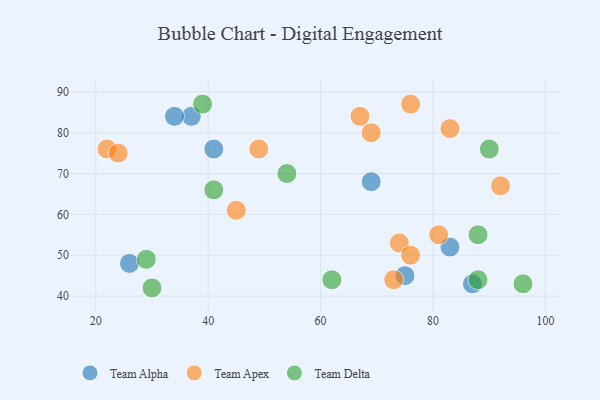
{"axis": {"x": "GDP", "y": "Life Expectancy"}, "legend": ["Team Alpha", "Team Apex", "Team Delta"], "data": [{"x": "83", "y": 52, "type": "Team Alpha"}, {"x": "75", "y": 45, "type": "Team Alpha"}, {"x": "26", "y": 48, "type": "Team Alpha"}, {"x": "41", "y": 76, "type": "Team Alpha"}, {"x": "87", "y": 43, "type": "Team Alpha"}, {"x": "69", "y": 68, "type": "Team Alpha"}, {"x": "37", "y": 84, "type": "Team Alpha"}, {"x": "34", "y": 84, "type": "Team Alpha"}, {"x": "81", "y": 55, "type": "Team Apex"}, {"x": "49", "y": 76, "type": "Team Apex"}, {"x": "22", "y": 76, "type": "Team Apex"}, {"x": "45", "y": 61, "type": "Team Apex"}, {"x": "67", "y": 84, "type": "Team Apex"}, {"x": "74", "y": 53, "type": "Team Apex"}, {"x": "76", "y": 50, "type": "Team Apex"}, {"x": "24", "y": 75, "type": "Team Apex"}, {"x": "83", "y": 81, "type": "Team Apex"}, {"x": "76", "y": 87, "type": "Team Apex"}, {"x": "92", "y": 67, "type": "Team Apex"}, {"x": "73", "y": 44, "type": "Team Apex"}, {"x": "69", "y": 80, "type": "Team Apex"}, {"x": "41", "y": 66, "type": "Team Delta"}, {"x": "88", "y": 55, "type": "Team Delta"}, {"x": "62", "y": 44, "type": "Team Delta"}, {"x": "54", "y": 70, "type": "Team Delta"}, {"x": "90", "y": 76, "type": "Team Delta"}, {"x": "39", "y": 87, "type": "Team Delta"}, {"x": "29", "y": 49, "type": "Team Delta"}, {"x": "30", "y": 42, "type": "Team Delta"}, {"x": "96", "y": 43, "type": "Team Delta"}, {"x": "88", "y": 44, "type": "Team Delta"}]}